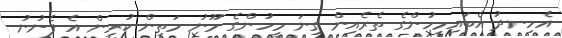
އެހިނދު އެބައިމީހުންގެ ތެރެއިން ގިނަ މީހުންގެ މޫނު މަތިން ކުރިން އެ ފެނުނު